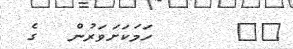
٨٠      ހަމަކަށަވަރުން  ގެ